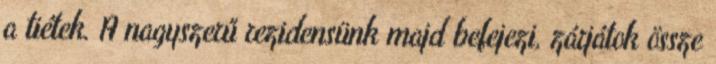
a tiétek. A nagyszerű rezidensünk majd befejezi, zárjátok össze